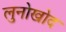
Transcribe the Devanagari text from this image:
लुनोखोद